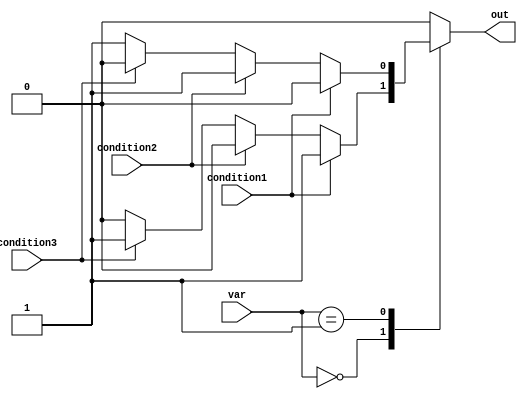
module behavior_modeling_block (
    input wire [3:0] var,
    input wire condition1,
    input wire condition2,
    input wire condition3,
    output reg out
);

always @* begin
    case (var)
        4'b0000: begin
            if (condition1)
                out = 1'b1;
            else if (condition2)
                out = 1'b0;
            else if (condition3)
                out = 1'b1;
            else
                out = 1'b0;
        end
        
        4'b0001: begin
            if (condition1)
                out = 1'b0;
            else if (condition2)
                out = 1'b1;
            else if (condition3)
                out = 1'b0;
            else
                out = 1'b1;
        end
        
        // Add more cases as needed
        
        default: begin
            out = 1'b0;
        end
    endcase
end

endmodule